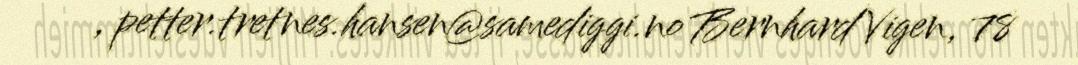
, petter.tretnes.hansen@samediggi.no Bernhard Vigen, 78